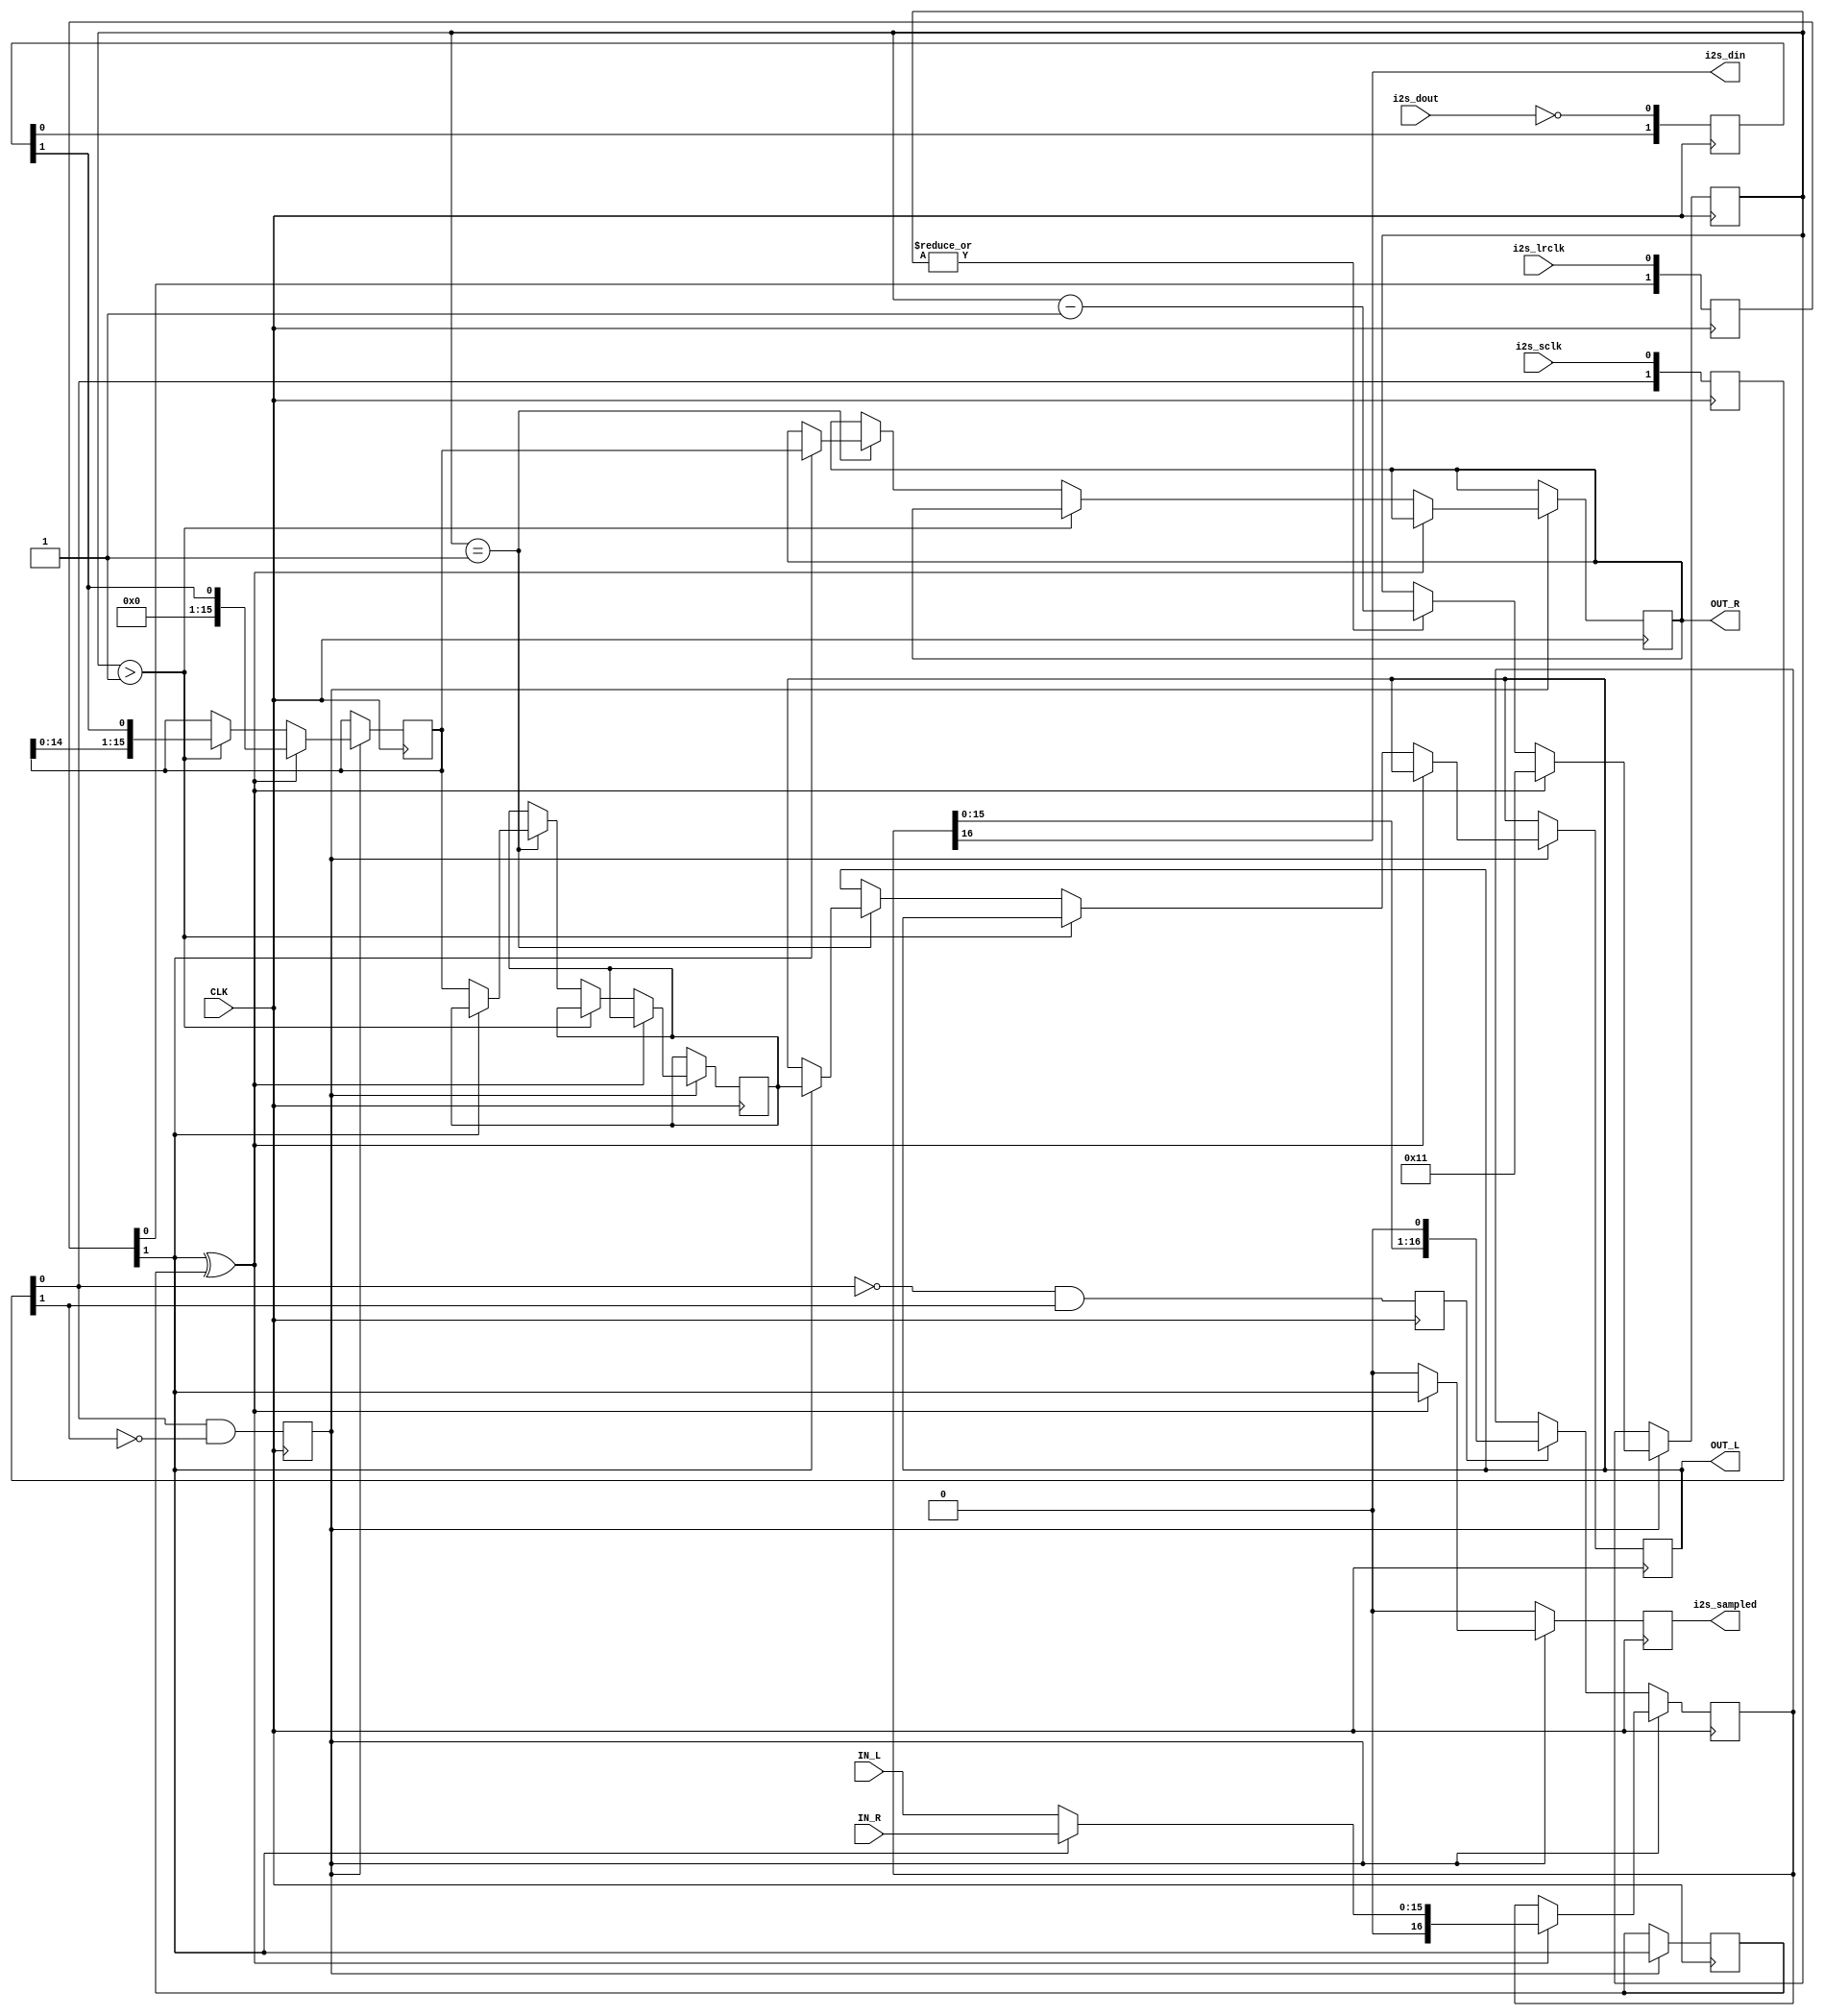
`default_nettype none

// I2S slave module
// sample rate is 96Khz
module i2s(
        input CLK,								// system clock (24Mhz)
        input signed [15:0] IN_L, IN_R,			// 16bit signed sample input
        input i2s_sclk,							// I2S clock
        input i2s_lrclk,						// I2S LR clock
        input i2s_dout,							// I2S ADC data out
		output reg signed [15:0] OUT_L, OUT_R,	// 16bit signed sample output
        output i2s_din,							// I2S DAC data in
        output reg i2s_sampled					// asserted at sample-rate
    );
	
	// synchronize inputs to sysclk and detect edges
    reg [1:0] i2s_sclk_sync;
    reg       i2s_sclk_rise;
    reg       i2s_sclk_fall;
    reg [1:0] i2s_lrclk_sync;
    reg [1:0] i2s_dout_sync;
    always @(posedge CLK) begin
        i2s_sclk_sync  <= { i2s_sclk_sync[0],   i2s_sclk };
        i2s_sclk_rise  <=   i2s_sclk_sync[0] & ~i2s_sclk_sync[1];
        i2s_sclk_fall  <=  ~i2s_sclk_sync[0] &  i2s_sclk_sync[1];
        i2s_lrclk_sync <= { i2s_lrclk_sync[0], i2s_lrclk };
        i2s_dout_sync <= { i2s_dout_sync[0], ~i2s_dout };
    end

	// clock out TX data, clock in RX data
    reg w;                   	// word select and dout delay
	reg [16:0] data; 			// output shift register
    reg [15:0] rx, hold; 		// input shift & hold registers
	reg [5:0] bcnt;				// bit counter for RX
    assign i2s_din = data[16];  // output msb
    always @(posedge CLK) begin
        i2s_sampled <= 0;
        if (i2s_sclk_rise) begin
            // Reload on word select change
            if (i2s_lrclk_sync[1] ^ w) begin
                if(i2s_lrclk_sync[1])
					data <= {1'b0,IN_R};
				else
					data <= {1'b0,IN_L};
                i2s_sampled <= i2s_lrclk_sync[1];
				
				// restart RX
				bcnt <= 6'd17;
				rx <= {15'd0,i2s_dout_sync[1]};
            end else begin
				if(|bcnt)
					bcnt <= bcnt - 6'd1;
					
				// shift in on rising edge and bcnt in range
				if(bcnt > 6'd1) begin
					rx <= {rx[14:0],i2s_dout_sync[1]};
				end else if(bcnt == 6'd1) begin
					if(i2s_lrclk_sync[1]) begin
						OUT_R <= rx;
						OUT_L <= hold;
					end else
						hold <= rx;
				end
			end
			
            // Save word select
            w <= i2s_lrclk_sync[1];
        end else if (i2s_sclk_fall) begin
            // Shift on falling edge
            data <= { data[15:0], 1'b0 };
        end
    end
endmodule